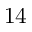
1 4